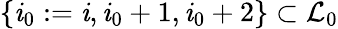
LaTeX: \{ \mathit{i}_{0}:=\mathit{i},\mathit{i}_{0}+1,\mathit{i}_{0}+2\} \subset\mathcal{{L}}_{0}